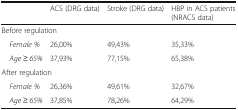
<table><thead><tr><td></td><td><b>ACS (DRG data)</b></td><td><b>Stroke (DRG data)</b></td><td><b>HBP in ACS patients (NRACS data)</b></td></tr></thead><tbody><tr><td colspan="4">Before regulation</td></tr><tr><td> <i>Female %</i></td><td>26,00%</td><td>49,43%</td><td>35,33%</td></tr><tr><td> <i>Age ≥ 65%</i></td><td>37,93%</td><td>77,15%</td><td>65,38%</td></tr><tr><td colspan="4">After regulation</td></tr><tr><td> <i>Female %</i></td><td>26,36%</td><td>49,61%</td><td>32,67%</td></tr><tr><td> <i>Age ≥ 65%</i></td><td>37,85%</td><td>78,26%</td><td>64,29%</td></tr></tbody></table>